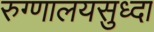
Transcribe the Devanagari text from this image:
रुग्णालयसुध्दा